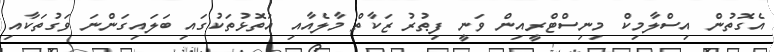
އެގޮތުން އިސްލާމިކް މިނިސްޓްރީއިން ވަނީ ފިޠުރު ޒަކާތް މާލެއާއި އަތޮޅުތަކުގައި ބަލައިގަންނަ ވަގުތަކާއި